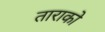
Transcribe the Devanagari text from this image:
ताराको